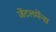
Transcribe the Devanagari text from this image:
जेंटलमेंन्स